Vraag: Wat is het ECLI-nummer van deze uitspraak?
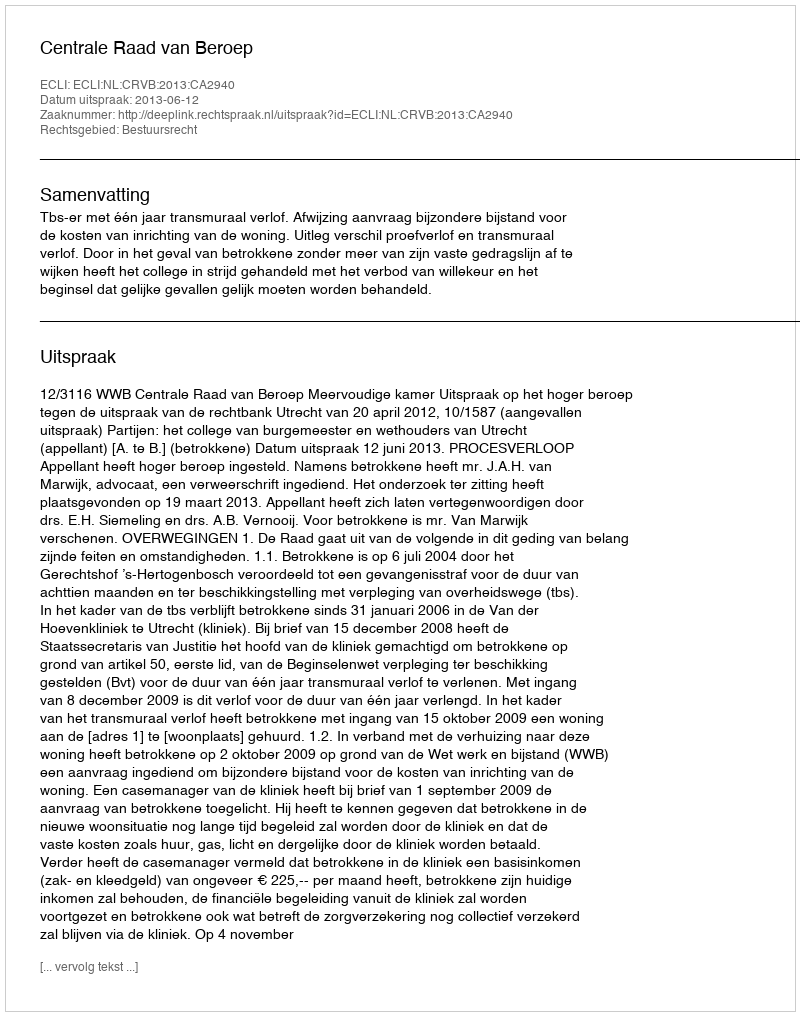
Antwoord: ECLI:NL:CRVB:2013:CA2940